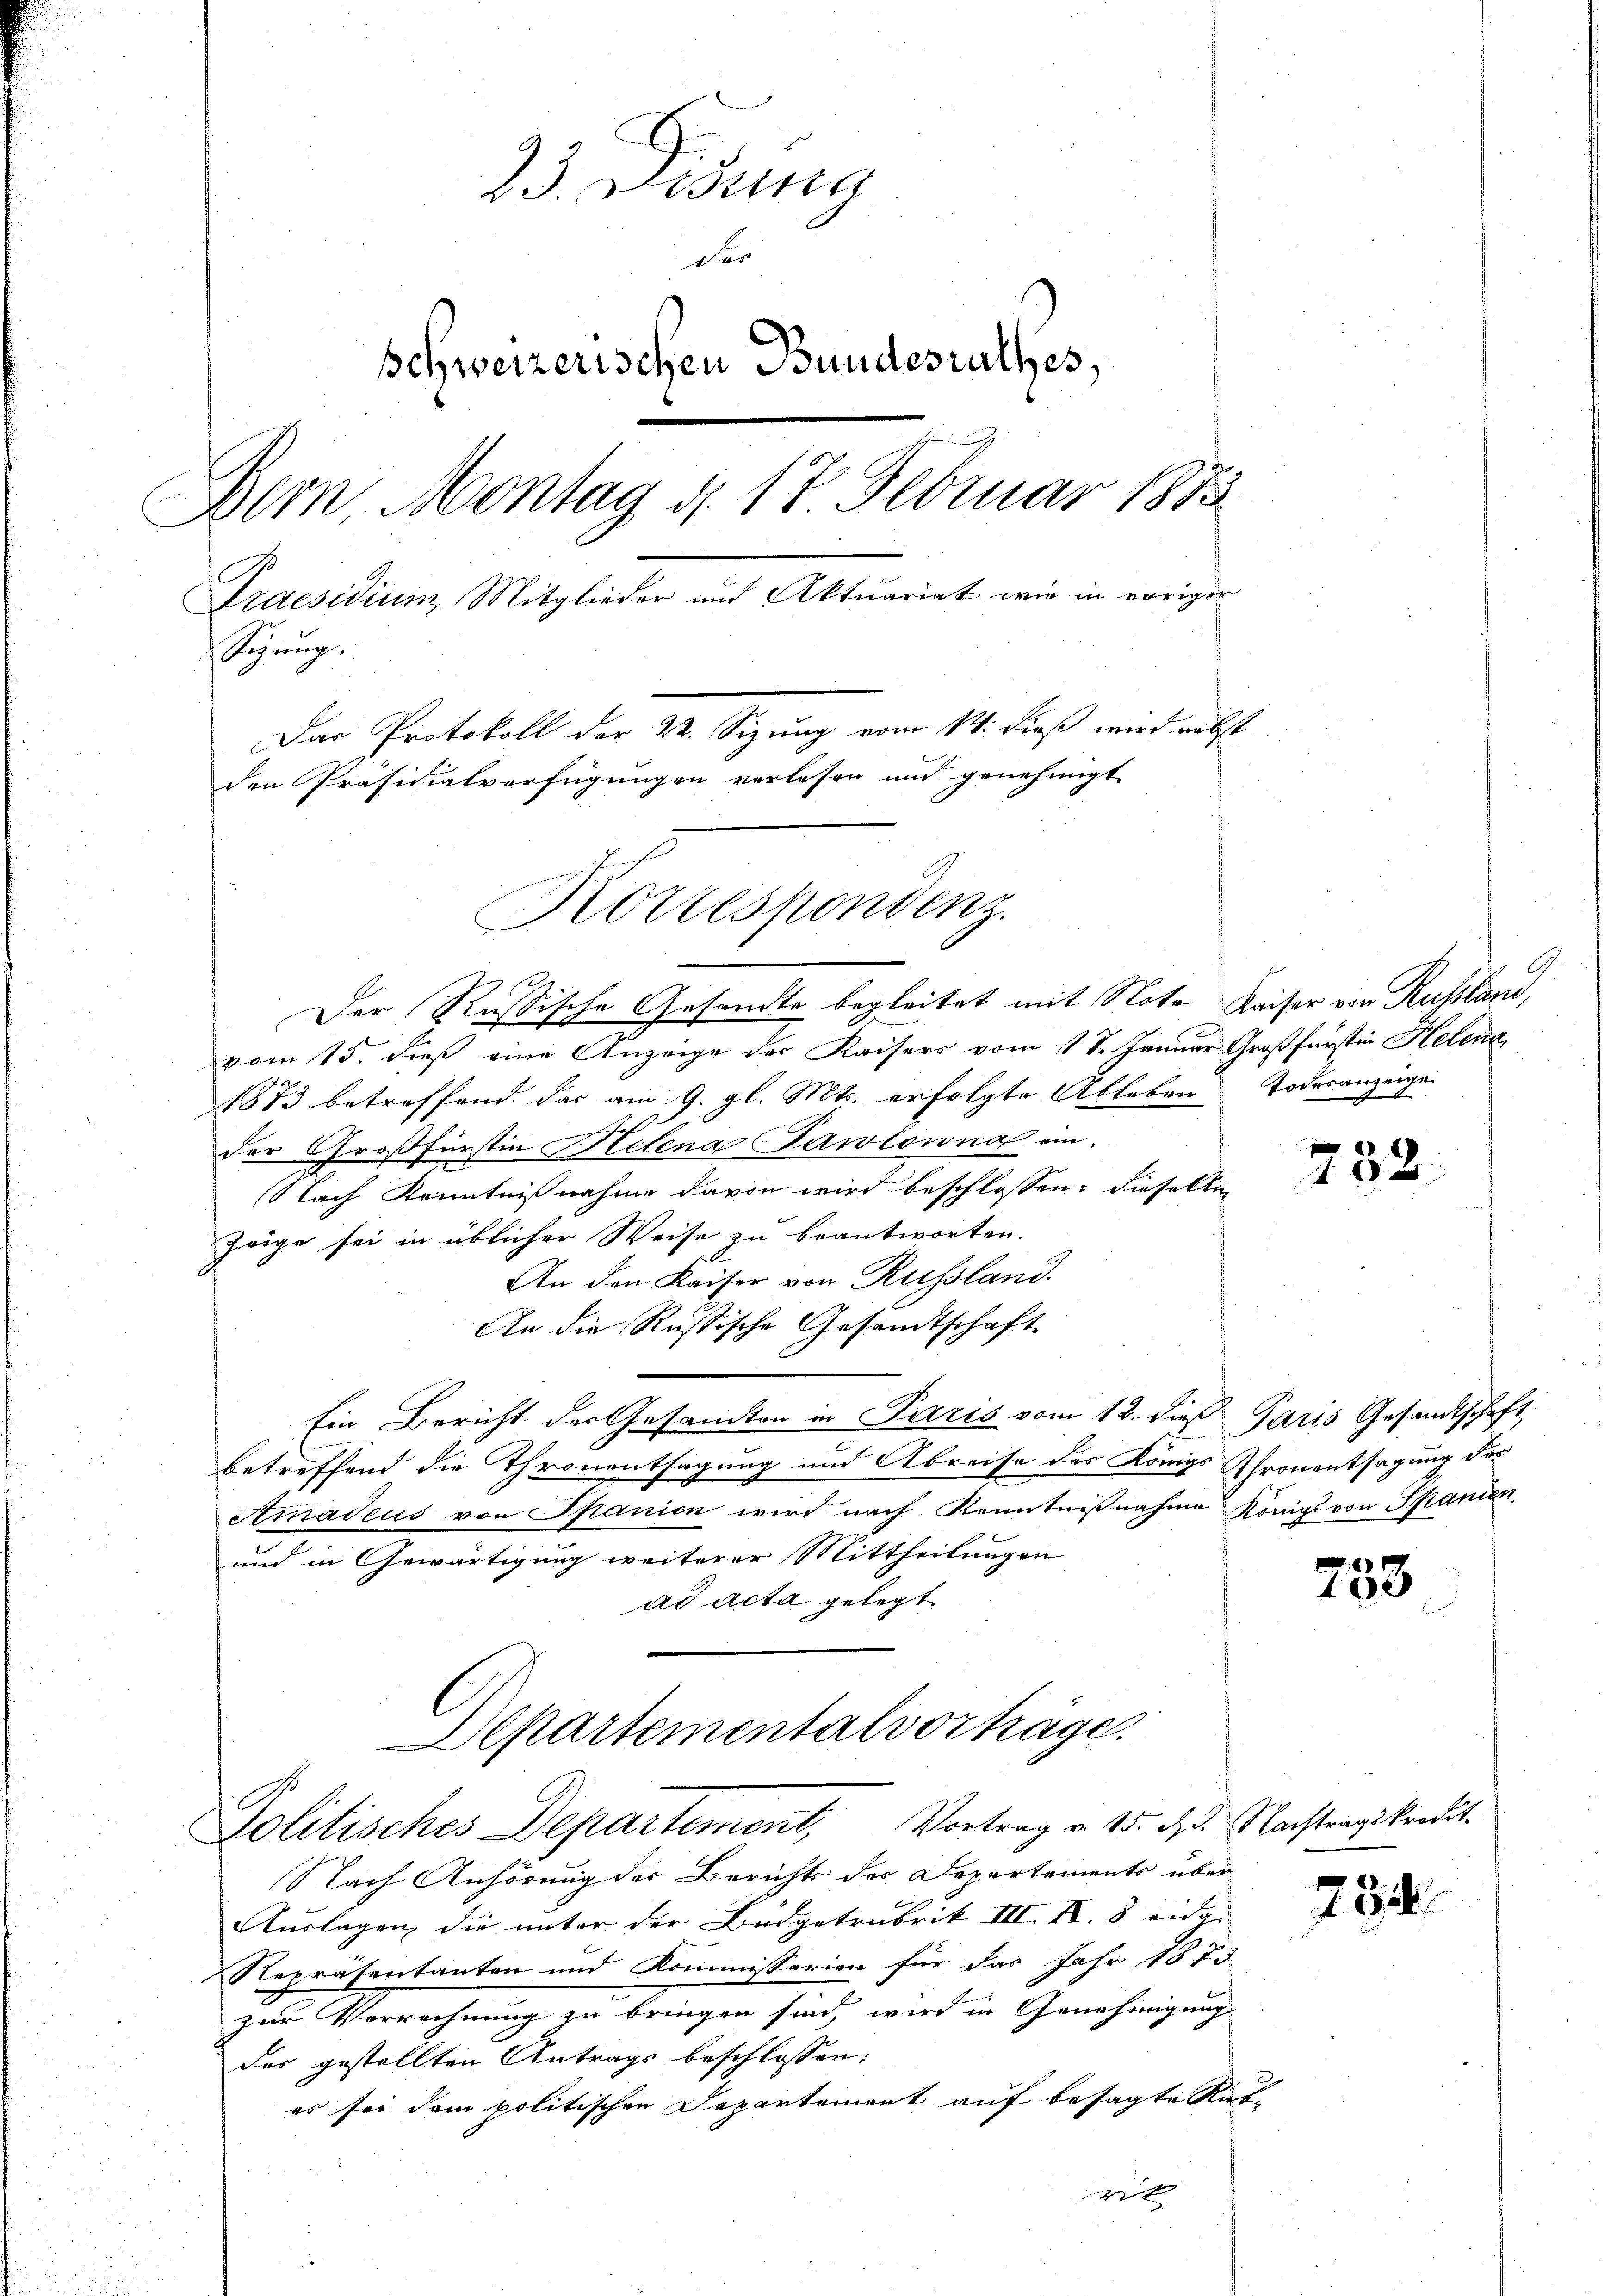
23. Disena
Der
schweizerischen Bundesrathes,
Dem Montag d. 17 Februar 1873.
Praesidium, Mitglieder und Aktuariat wie in voriger
Syrup
Das Protokoll der 22. Sizung vom 14. dieß wird nebst
den Präsidialverfügungen verlesen und genehmigt.
Kottespondenz.

Der Russische Gesandte begleitet mit Note Kaiser von Russland,
vom 15. dieß eine Anzeige der Kaisers vom 17. Januar Großfürsten Helena
1873 betreffend das am 9. gl. Mts. erfolgte Ableben
der Großfürstin Helena Pawlowna ein¬
Nach Kenntnißnahme davon wird beschlossen: diesellin
Zeige sei in üblicher Weise zu beantworten.
An den Kaiser von Russland.
An die Russische Gesandtschaft
Ein Bericht der Gesandten in Paris vom 12. dieß Paris Gesandtschaft
betreffend die Thronentsagung und Abreise des Königs Thronentsagung des
Amadeus von Spanien wird nach Kenntnißnahme Königs von Spanien,
und in Gewärtigung weiterer Mittheilungen
ad acta gelegt.

Departementalvorträge.
C
Politisches Departement, Vortrag v. 15. d. Nachtragskredit

8
Todesanzeige

Nach Anhörung der Berichts des Departements über
Auslagen die unter der Budgetrubrik III. N. 8 eidg.
Repräsentanten und Kommissarien für das Jahr 1873
zur Verrechnung zu bringen sind, wird in Genehmigung
der gestellten Antrags beschlossen:
es sei dem politischen Departement auf besagte Rub-
eit

232.

783

734